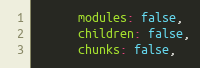
Language: JavaScript
      modules: false,
      children: false,
      chunks: false,